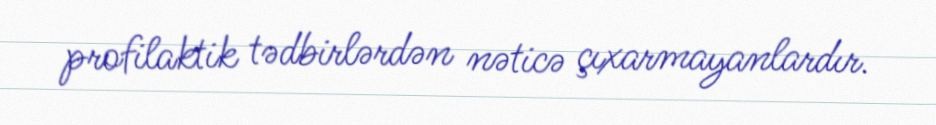
profilaktik tədbirlərdən nəticə çıxarmayanlardır.